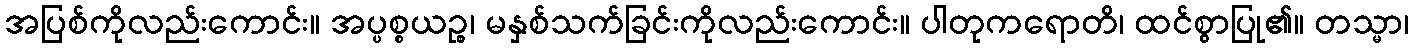
အပြစ်ကိုလည်းကောင်း။ အပ္ပစ္စယဉ္စ၊ မနှစ်သက်ခြင်းကိုလည်းကောင်း။ ပါတုကရောတိ၊ ထင်စွာပြု၏။ တသ္မာ၊